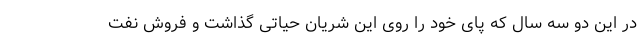
در این دو سه سال که پای خود را روی این شریان حیاتی گذاشت و فروش نفت